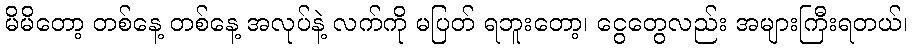
မိမိတော့ တစ်နေ့ တစ်နေ့ အလုပ်နဲ့ လက်ကို မပြတ် ရဘူးတော့၊ ငွေတွေလည်း အများကြီးရတယ်၊